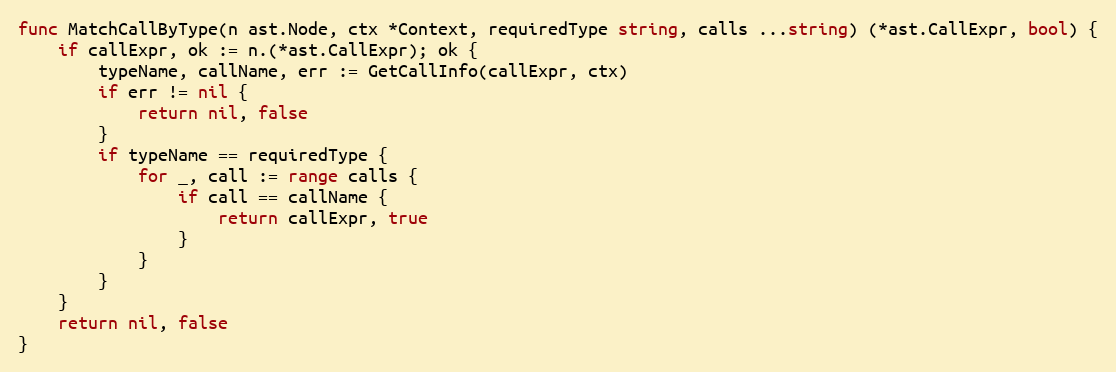
Language: Go
func MatchCallByType(n ast.Node, ctx *Context, requiredType string, calls ...string) (*ast.CallExpr, bool) {
	if callExpr, ok := n.(*ast.CallExpr); ok {
		typeName, callName, err := GetCallInfo(callExpr, ctx)
		if err != nil {
			return nil, false
		}
		if typeName == requiredType {
			for _, call := range calls {
				if call == callName {
					return callExpr, true
				}
			}
		}
	}
	return nil, false
}